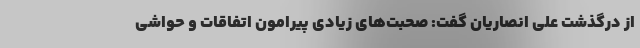
از درگذشت علی انصاریان گفت: صحبت‌های زیادی پیرامون اتفاقات و حواشی